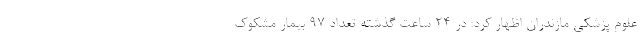
علوم پزشکی مازندران اظهار کرد: در ۲۴ ساعت گذشته تعداد ۹۷ بیمار مشکوک